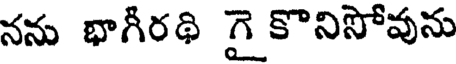
నను భాగీరథి గై కొనిసోవును